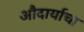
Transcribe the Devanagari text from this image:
औदार्याचा